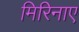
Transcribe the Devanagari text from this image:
मिरिनाए